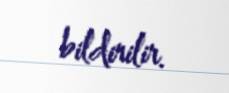
bildirilir.